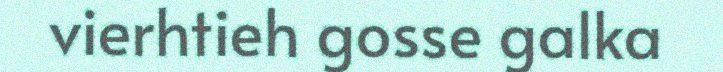
vierhtieh gosse galka